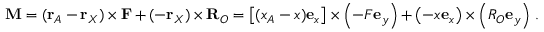
\mathbf { M } = ( \mathbf { r } _ { A } - \mathbf { r } _ { X } ) \times \mathbf { F } + ( - \mathbf { r } _ { X } ) \times \mathbf { R } _ { O } = \left[ ( x _ { A } - x ) \mathbf { e } _ { x } \right] \times \left( - F \mathbf { e } _ { y } \right) + \left( - x \mathbf { e } _ { x } \right) \times \left( R _ { O } \mathbf { e } _ { y } \right) \, .